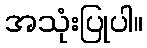
အသုံးပြုပါ။